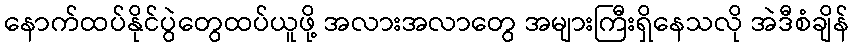
နောက်ထပ်နိုင်ပွဲတွေထပ်ယူဖို့ အလားအလာတွေ အများကြီးရှိနေသလို အဲဒီစံချိန်